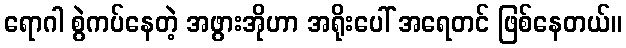
ရောဂါ စွဲကပ်နေတဲ့ အဖွားအိုဟာ အရိုးပေါ် အရေတင် ဖြစ်နေတယ်။